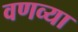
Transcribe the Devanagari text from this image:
वणव्या